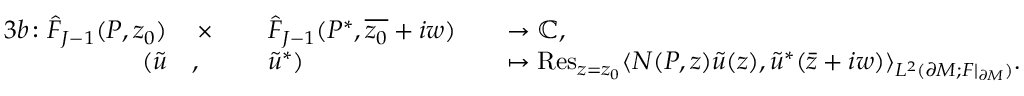
\begin{array} { r l r l r l } { { 3 } b \colon \hat { F } _ { J - 1 } ( P , z _ { 0 } ) } & { \, \times \, } & & { \hat { F } _ { J - 1 } ( P ^ { * } , \overline { { z _ { 0 } } } + i w ) } & & { \to \mathbb { C } , } \\ { ( \tilde { u } } & { , } & & { \tilde { u } ^ { * } ) } & & { \mapsto \operatorname { R e s } _ { z = z _ { 0 } } \langle N ( P , z ) \tilde { u } ( z ) , \tilde { u } ^ { * } ( \bar { z } + i w ) \rangle _ { L ^ { 2 } ( \partial M ; F | _ { \partial M } ) } . } \end{array}